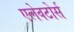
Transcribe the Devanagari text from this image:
एलेवटोर्स